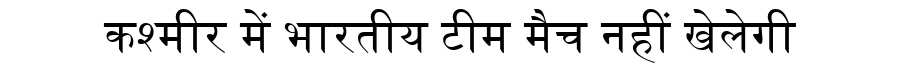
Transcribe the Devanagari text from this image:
कश्मीर में भारतीय टीम मैच नहीं खेलेगी